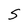
Character: S